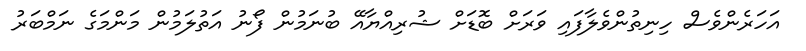
އަހަރެންވެސް ހިނިތުންވެލާފައި ވަރަށް ބޮޑަށް ޝުރިއްޔާއޭ ބުނަމުން ފޯނު އަތުލަމުން މަންމަގެ ނަމްބަރު